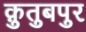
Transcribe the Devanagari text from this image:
क़ुतुबपुर